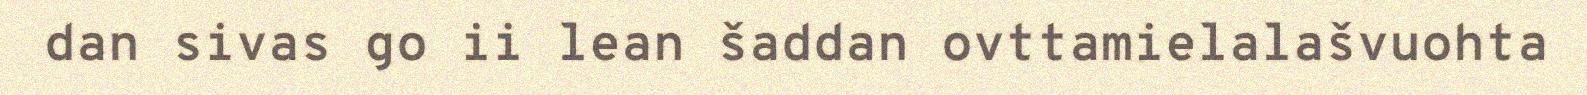
dan sivas go ii lean šaddan ovttamielalašvuohta